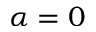
\alpha = 0